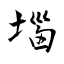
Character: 堖